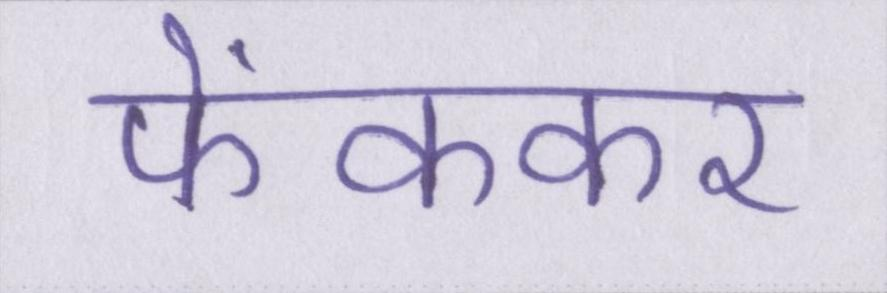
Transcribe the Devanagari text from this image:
फेंककर